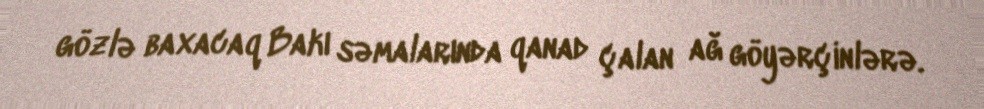
gözlə baxacaq Bakı səmalarında qanad çalan ağ göyərçinlərə.